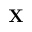
{ \bf X }